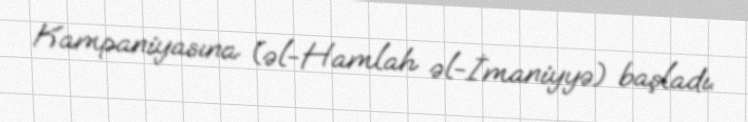
Kampaniyasına (əl-Hamlah əl-İmaniyyə) başladı.